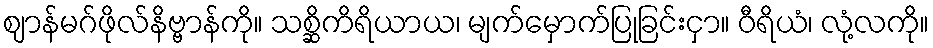
ဈာန်မဂ်ဖိုလ်နိဗ္ဗာန်ကို။ သစ္ဆိကိရိယာယ၊ မျက်မှောက်ပြုခြင်းငှာ။ ဝီရိယံ၊ လုံ့လကို။